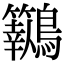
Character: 𪈓